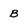
Character: B